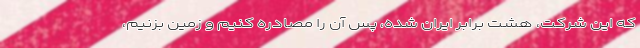
که این شرکت، هشت برابر ایران شده، پس آن را مصادره کنیم و زمین بزنیم،